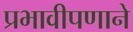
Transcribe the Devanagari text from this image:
प्रभावीपणाने